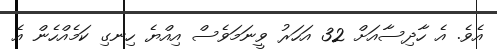
އެވެ. އެ ހާދިސާއަށް 32 އަހަރު ވީނަމަވެސް އިއްޔެ ހިނގި ކަމެއްހެން އެ